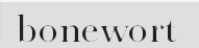
bonewort